Reports on dispensaries and lunatic asylums in the Province of Oudh - 1869-1876
Year: 1869
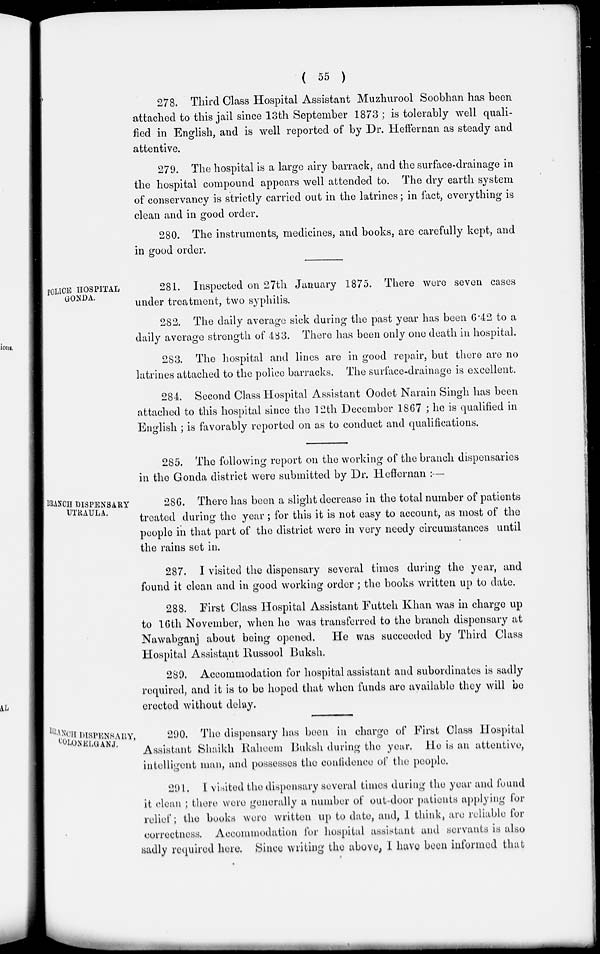
( 55 )
278. Third Class Hospital Assistant Muzhurool Soobhan has been
attached to this jail since 13th September 1873; is tolerably well quali-
fied in English, and is well reported of by Dr. Heffernan as steady and
attentive.
279. The hospital is a large airy barrack, and the surface-drainage in
the hospital compound appears well attended to. The dry earth system
of conservancy is strictly carried out in the latrines; in fact, everything is
clean and in good order.
280. The instruments, medicines, and books, are carefully kept, and
in good order.
POLICE HOSPITAL
GONDA.
281. Inspected on 27th January 1875. There were seven cases
under treatment, two syphilis.
282. The daily average sick during the past year has been 6.42 to a
daily average strength of 483. There has been only one death in hospital.
283. The hospital and lines are in good repair, but there are no
latrines attached to the police barracks. The surface-drainage is excellent.
284. Second Class Hospital Assistant Oodet Narain Singh has been
attached to this hospital since the 12th December 1867 ; he is qualified in
English ; is favorably reported on as to conduct and qualifications.
285. The following report on the working of the branch dispensaries
in the Gonda district were submitted by Dr. Heffernan :—
BRANCH DISPENSARY
UTRAULA.
286. There has been a slight decrease in the total number of patients
treated during the year ; for this it is not easy to account, as most of the
people in that part of the district were in very needy circumstances until
the rains set in.
287. I visited the dispensary several times during the year, and
found it clean and in good working order ; the books written up to date.
288. First Class Hospital Assistant Futteh Khan was in charge up
to 16th November, when he was transferred to the branch dispensary at
Nawabganj about being opened. He was succeeded by Third Class
Hospital Assistant Russool Buksh.
289. Accommodation for hospital assistant and subordinates is sadly
required, and it is to be hoped that when funds are available they will be
erected without delay.
BRANCH DISPENSARY,
COLONELGANJ.
290. The dispensary has been in charge of First Class Hospital
Assistant Shaikh Raheem Buksh during the year. He is an attentive,
intelligent man, and possesses the confidence of the people.
291. I visited the dispensary several times during the year and found
it clean ; there were generally a number of out-door patients applying for
relief; the books were written up to date, and, I think, are reliable for
correctness. Accommodation for hospital assistant and servants is also
sadly required here. Since writing the above, I have been informed that